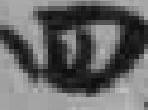
四